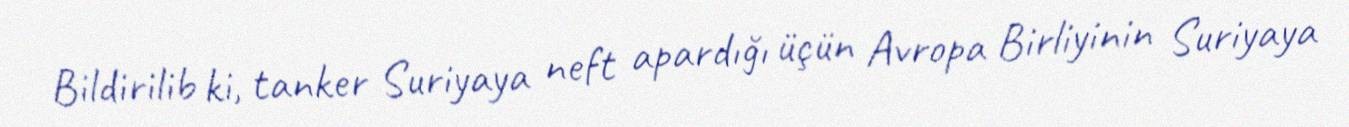
Bildirilib ki, tanker Suriyaya neft apardığı üçün Avropa Birliyinin Suriyaya